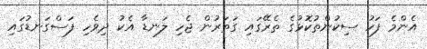
އެންމެ ފަހު ސިކުންތުކޮޅުގެ ތެރޭގައި ގަތަރުން ޖެހި ލަނޑާ އެކު ދިވެހި ފަސްގަނޑުގައި